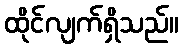
ထိုင်လျက်ရှိသည်။